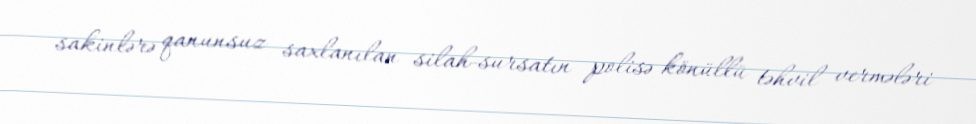
sakinlərə qanunsuz saxlanılan silah-sursatın polisə könüllü təhvil vermələri